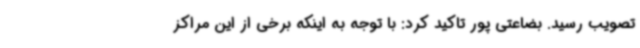
تصویب رسید. بضاعتی پور تاکید کرد: با توجه به اینکه برخی از این مراکز